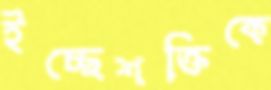
ইচ্ছেশক্তিকে